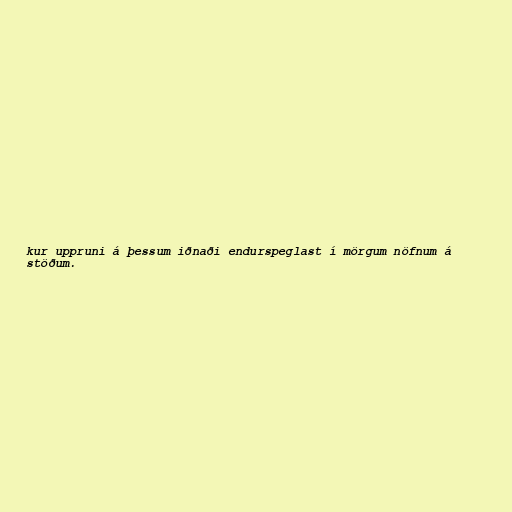
kur uppruni á þessum iðnaði endurspeglast í mörgum nöfnum á
stöðum.